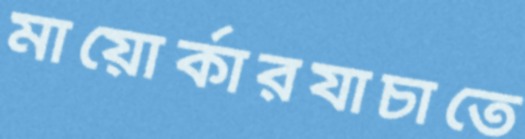
মায়োর্কারযাচাতে